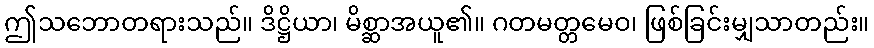
ဤသဘောတရားသည်။ ဒိဋ္ဌိယာ၊ မိစ္ဆာအယူ၏။ ဂတမတ္တမေဝ၊ ဖြစ်ခြင်းမျှသာတည်း။